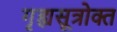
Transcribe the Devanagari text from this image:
गृह्यसूत्रोक्त